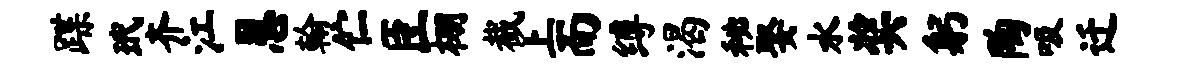
蹀玳齐江恩翰伫臣棚截上而缚渴秘娶水奖躬陶吸迁